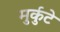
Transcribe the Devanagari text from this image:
मुर्कुटे